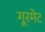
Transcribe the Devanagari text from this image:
गूरमेट